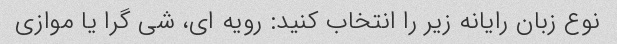
نوع زبان رایانه زیر را انتخاب کنید: رویه ای، شی گرا یا موازی